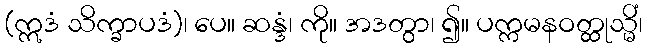
(ဣဒံ သိက္ခာပဒံ)၊ ပေ။ ဆန္ဒံ၊ ကို။ အဒတွာ၊ ၍။ ပက္ကမနဝတ္ထုသ္မိံ၊